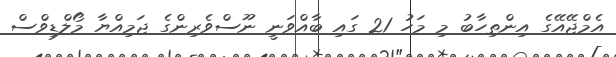
އެމްޖޭއޭގެ އިންތިހާބު މި މަހު 21 ގައި ބާއްވަނީ ނޫސްވެރިންގެ ޖަމިއްޔާ މޯލްޑިވްސް